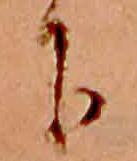
下